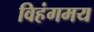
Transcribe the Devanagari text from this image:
विहंगमय